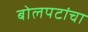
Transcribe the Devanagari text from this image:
बोलपटांचा